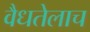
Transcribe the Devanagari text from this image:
वैधतेलाच